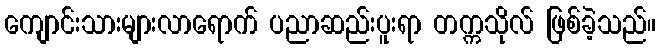
ကျောင်းသားများလာရောက် ပညာဆည်းပူးရာ တက္ကသိုလ် ဖြစ်ခဲ့သည်။